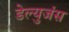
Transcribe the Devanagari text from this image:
डेल्युजंस